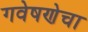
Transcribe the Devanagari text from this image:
गवेषणेचा